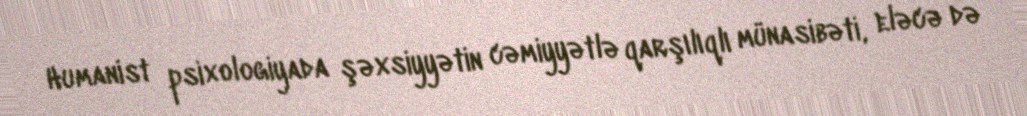
Humanist psixologiyada şəxsiyyətin cəmiyyətlə qarşılıqlı münasibəti, eləcə də